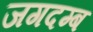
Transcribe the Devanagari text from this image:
जगदम्ब